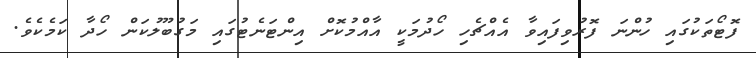
ފޮޓޯތަކުގައި ހުންނަ ފޮރުވިފައިވާ އެއްޗެހި ހޯދުމަކީ އާއްމުކޮށް އިންޓަނެޓުގައި މަގުބޫލުކަން ހޯދާ ކަމެކެވެ.